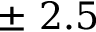
\pm \ 2 . 5